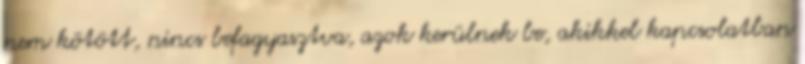
nem kötött, nincs befagyasztva, azok kerülnek be, akikkel kapcsolatban